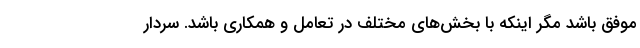
موفق باشد مگر اینکه با بخش‌های مختلف در تعامل و همکاری باشد. سردار